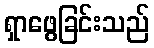
ရှာဖွေခြင်းသည်